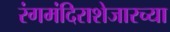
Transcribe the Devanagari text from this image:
रंगमंदिराशेजारच्या